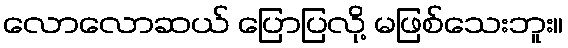
လောလောဆယ် ပြောပြလို့ မဖြစ်သေးဘူး။